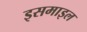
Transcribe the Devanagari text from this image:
इसमाइल